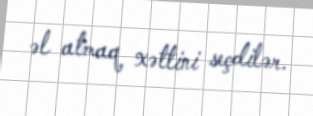
əl atmaq xəttini seçdilər.